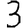
Digit: 3